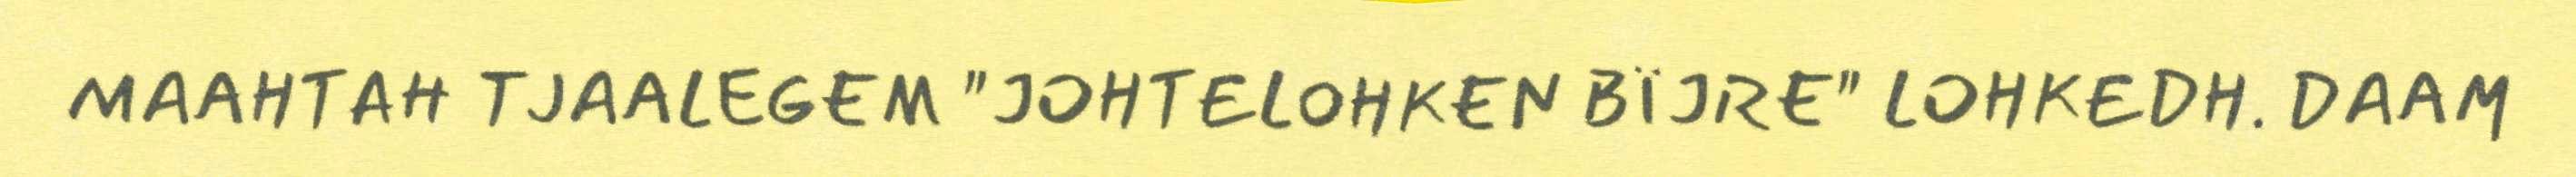
MAAHTAH TJAALEGEM "JOHTELOHKEN BÏJRE" LOHKEDH. DAAM